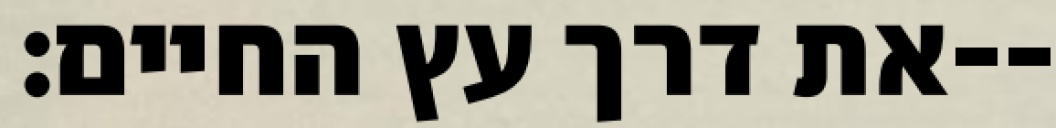
את דרך עץ החיים׃--